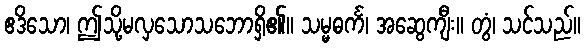
ဧဒိသော၊ ဤသို့မလှသောသဘောရှိ၏။ သမ္မဓင်္က၊ အဆွေကျီး။ တွံ၊ သင်သည်။